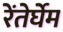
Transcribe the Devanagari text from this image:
रेंतेर्घेम